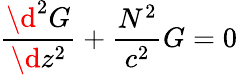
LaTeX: \frac{\d^{2}G}{\d z^{2}}+\frac{N^{2}}{c^{2}}G=0